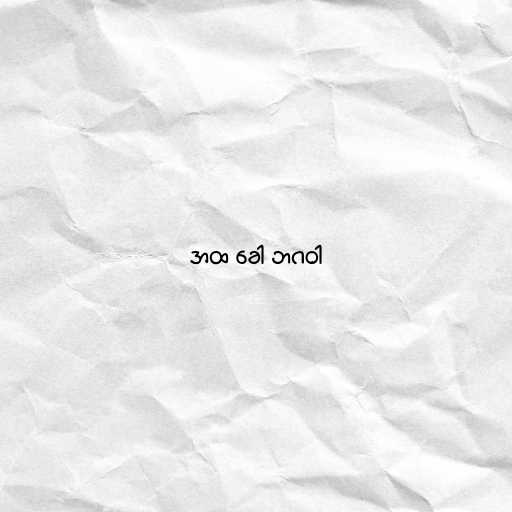
အထ ခေါ ဘဂဝါ